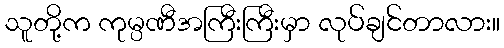
သူတို့က ကုမ္ပဏီအကြီးကြီးမှာ လုပ်ချင်တာလား။